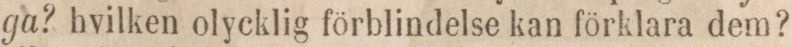
ga? hvilken olycklig förblindelse kan förklara dem?